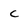
Character: c